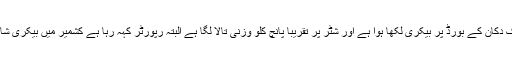
ٹی وی سکرین پر بند دکانیں، خاردار تار کے ناکے اور بندوقیں تانے فوجی نظر آ رہے ہیں... ایک دکان کے بورڈ پر بیکری لکھا ہوا ہے اور شٹر پر تقریباً پانچ کلو وزنی تالا لگا ہے البتہ رپورٹر کہہ رہا ہے کشمیر میں بیکری شاپ کے سامنے بھیڑ دیکھی جاسکتی ہے جبکہ کتوں کی بڑی تعداد دکان کے سامنے سو رہی ہے۔